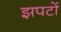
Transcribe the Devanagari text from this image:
झपटों